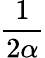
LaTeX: \frac{1}{2\alpha}